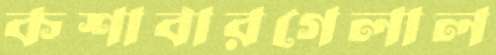
কশাবারগেলাল